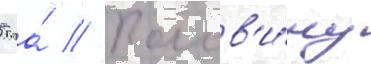
5 га́ // Полов'и́ну